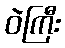
ဝဲကြီး